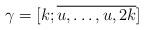
LaTeX: \begin{align*}\gamma=[k; \overline{u, \dots, u, 2k}]\end{align*}